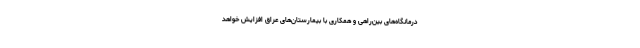
درمانگاه‌های بین‌راهی و همکاری با بیمارستان‌های عراق افزایش خواهد